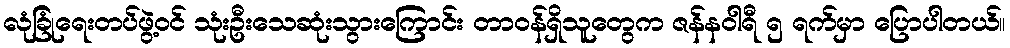
လုံခြုံရေးတပ်ဖွဲ့၀င် သုံးဦးသေဆုံးသွားကြောင်း တာ၀န်ရှိသူတွေက ဇန်နဝါရီ ၅ ရက်မှာ ပြောပါတယ်။